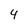
Character: 4